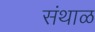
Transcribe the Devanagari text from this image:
संथाळ